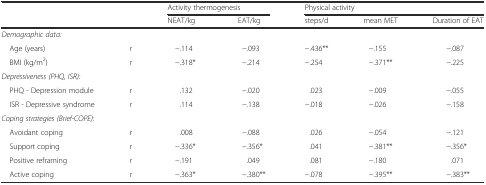
|  |  | <COLSPAN=2> Activity thermogenesis | <COLSPAN=3> Physical activity |
 |  |  | NEAT/kg | EAT/kg | steps/d | mean MET | Duration of EAT |
 | --- | --- | --- | --- | --- | --- | --- |
 | <COLSPAN=7> Demographic data: |
 | Age (years) | r | −.114 | −.093 | −.436** | −.155 | −.087 |
 | BMI (kg/m2) | r | −.318* | −.214 | −.254 | −.371** | −.225 |
 | <COLSPAN=7> Depressiveness (PHQ, ISR): |
 | PHQ - Depression module | r | .132 | −.020 | .023 | −.009 | −.055 |
 | ISR - Depressive syndrome | r | .114 | −.138 | −.018 | −.026 | −.158 |
 | <COLSPAN=7> Coping strategies (Brief-COPE): |
 | Avoidant coping | r | .008 | −.088 | .026 | −.054 | −.121 |
 | Support coping | r | −.336* | −.356* | .041 | −.381** | −.356* |
 | Positive reframing | r | −.191 | .049 | .081 | −.180 | .071 |
 | Active coping | r | −.363* | −.380** | −.078 | −.395** | −.383** |